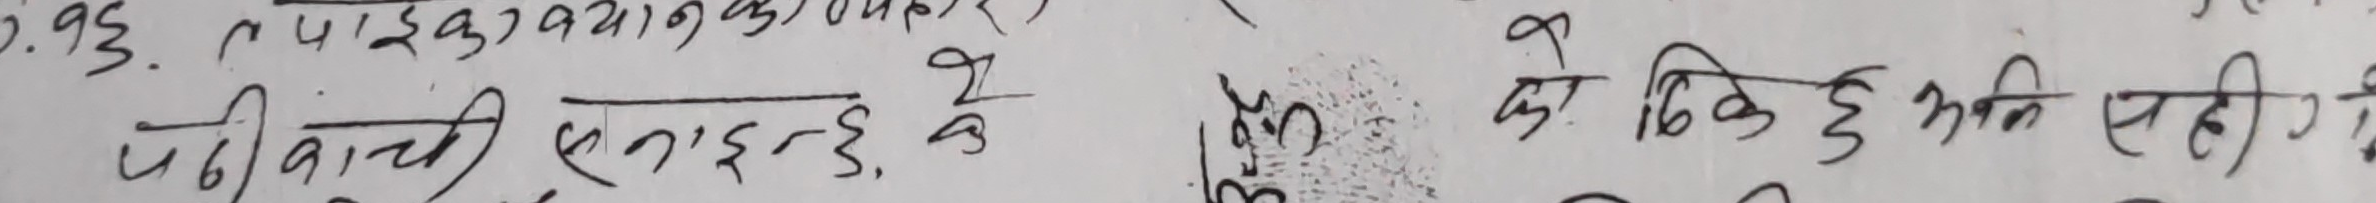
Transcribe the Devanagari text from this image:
१७.९३. तपाइँको क्यालगरीको आधारमा (
पछी कांची बनाइन्छ ३० के
को ठिक छ अनि सही छ